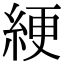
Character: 綆